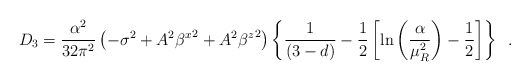
\begin{align*}D_{3}=\frac{\alpha^{2}}{32\pi^{2}}\left(-\sigma^{2}+A^{2}{\beta^{x}}^{2}+A^{2}{\beta^{z}}^{2}\right)\left\{\frac{1}{(3-d)}-\frac{1}{2}\left[\ln\left(\frac{\alpha}{\mu_{R}^{2}}\right)-\frac{1}{2}\right]\right\} \;\;.\end{align*}